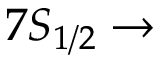
7 S _ { 1 / 2 } \rightarrow